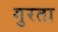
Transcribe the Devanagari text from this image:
गुरता